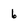
Character: 6